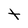
Character: t